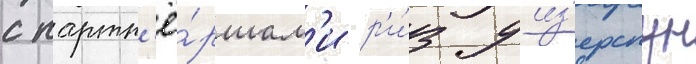
с партн'ё́ршам'и р'и́з уиз'ерспун